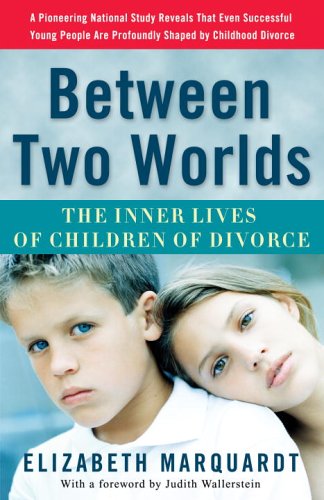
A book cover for Between Two Worlds: The Inner Lives of Children of Divorce; Elizabeth Marquardt; Self-Help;